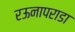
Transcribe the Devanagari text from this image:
रऊनापराडा